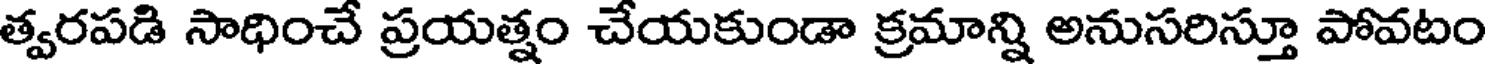
త్వరపడి సాధించే ప్రయత్నం చేయకుండా క్రమాన్ని అనుసరిస్తూ పోవటం